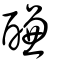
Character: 醶